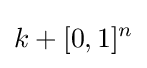
k+[0,1]^{n}